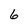
Character: 6